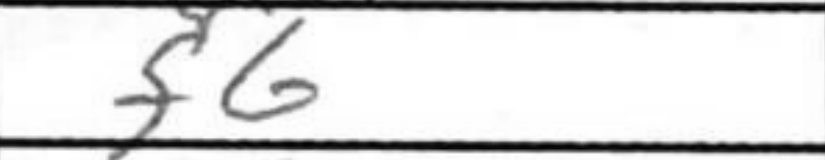
Transcription: f6